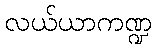
လယ်ယာကဏ္ဍ